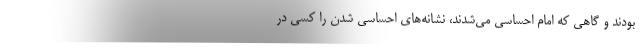
بودند و گاهی که امام احساسی می‌شدند، نشانه‌های احساسی شدن را کسی در